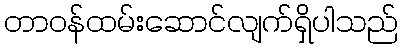
တာဝန်ထမ်းဆောင်လျက်ရှိပါသည်